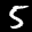
Label: 5